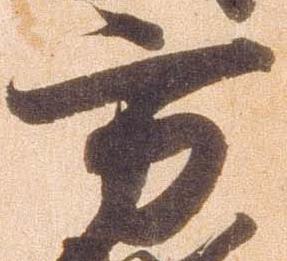
方